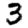
Digit: 3